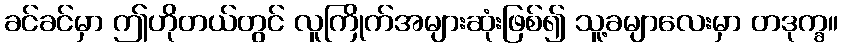
ခင်ခင်မှာ ဤဟိုတယ်တွင် လူကြိုက်အများဆုံးဖြစ်၍ သူ့ခမျာလေးမှာ တဒုက္ခ။